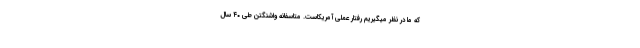
که ما در نظر میگیریم رفتار عملی آمریکاست. متاسفانه واشنگتن طی ۴۰ سال